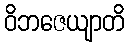
ဝိဘဇေယျာတိ